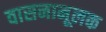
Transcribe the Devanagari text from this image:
वासनामूलक